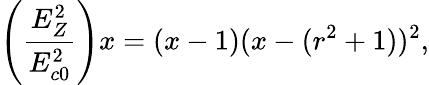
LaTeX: \left(\frac{E_{Z}^{2}}{E_{c0}^{2}}\right)x=(x-1)(x-(r^{2}+1))^{2},